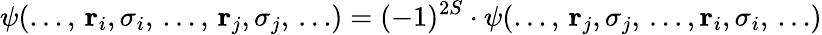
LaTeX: \psi(\dots,\, \mathbf{r}_{i},\sigma_{i},\, \dots,\, \mathbf{r}_{j},\sigma_{j},\, \dots)=(-1)^{2S}\cdot\psi(\dots,\, \mathbf{r}_{j},\sigma_{j},\, \dots,\mathbf{r}_{i},\sigma_{i},\, \dots)